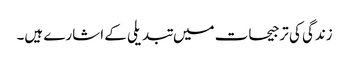
زندگی کی ترجیحات میں تبدیلی کے اشارے ہیں۔